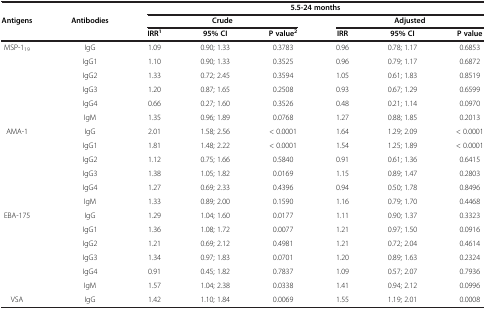
<table><thead><tr><td><b> </b></td><td><b> </b></td><td colspan="6"><b>5.5-24 months</b></td></tr><tr><td><b>Antigens</b></td><td><b>Antibodies</b></td><td colspan="3"><b>Crude</b></td><td colspan="3"><b>Adjusted</b></td></tr><tr><td><b> </b></td><td><b> </b></td><td><b>IRR<sup>1</sup></b></td><td><b>95% CI</b></td><td><b>P value<sup>2</sup></b></td><td><b>IRR</b></td><td><b>95% CI</b></td><td><b>P value</b></td></tr></thead><tbody><tr><td rowspan="6">MSP-1<sub>19</sub></td><td>IgG</td><td>1.09</td><td>0.90; 1.33</td><td>0.3783</td><td>0.96</td><td>0.78; 1.17</td><td>0.6853</td></tr><tr><td>IgG1</td><td>1.10</td><td>0.90; 1.33</td><td>0.3525</td><td>0.96</td><td>0.79; 1.17</td><td>0.6872</td></tr><tr><td>IgG2</td><td>1.33</td><td>0.72; 2.45</td><td>0.3594</td><td>1.05</td><td>0.61; 1.83</td><td>0.8519</td></tr><tr><td>IgG3</td><td>1.20</td><td>0.87; 1.65</td><td>0.2508</td><td>0.93</td><td>0.67; 1.29</td><td>0.6599</td></tr><tr><td>IgG4</td><td>0.66</td><td>0.27; 1.60</td><td>0.3526</td><td>0.48</td><td>0.21; 1.14</td><td>0.0970</td></tr><tr><td>IgM</td><td>1.35</td><td>0.96; 1.89</td><td>0.0768</td><td>1.27</td><td>0.88; 1.85</td><td>0.2013</td></tr><tr><td rowspan="6">AMA-1</td><td>IgG</td><td>2.01</td><td>1.58; 2.56</td><td>&lt; 0.0001</td><td>1.64</td><td>1.29; 2.09</td><td>&lt; 0.0001</td></tr><tr><td>IgG1</td><td>1.81</td><td>1.48; 2.22</td><td>&lt; 0.0001</td><td>1.54</td><td>1.25; 1.89</td><td>&lt; 0.0001</td></tr><tr><td>IgG2</td><td>1.12</td><td>0.75; 1.66</td><td>0.5840</td><td>0.91</td><td>0.61; 1.36</td><td>0.6415</td></tr><tr><td>IgG3</td><td>1.38</td><td>1.05; 1.82</td><td>0.0169</td><td>1.15</td><td>0.89; 1.47</td><td>0.2803</td></tr><tr><td>IgG4</td><td>1.27</td><td>0.69; 2.33</td><td>0.4396</td><td>0.94</td><td>0.50; 1.78</td><td>0.8496</td></tr><tr><td>IgM</td><td>1.33</td><td>0.89; 2.00</td><td>0.1590</td><td>1.16</td><td>0.79; 1.70</td><td>0.4468</td></tr><tr><td rowspan="6">EBA-175</td><td>IgG</td><td>1.29</td><td>1.04; 1.60</td><td>0.0177</td><td>1.11</td><td>0.90; 1.37</td><td>0.3323</td></tr><tr><td>IgG1</td><td>1.36</td><td>1.08; 1.72</td><td>0.0077</td><td>1.21</td><td>0.97; 1.50</td><td>0.0916</td></tr><tr><td>IgG2</td><td>1.21</td><td>0.69; 2.12</td><td>0.4981</td><td>1.21</td><td>0.72; 2.04</td><td>0.4614</td></tr><tr><td>IgG3</td><td>1.34</td><td>0.97; 1.83</td><td>0.0701</td><td>1.20</td><td>0.89; 1.63</td><td>0.2324</td></tr><tr><td>IgG4</td><td>0.91</td><td>0.45; 1.82</td><td>0.7837</td><td>1.09</td><td>0.57; 2.07</td><td>0.7936</td></tr><tr><td>IgM</td><td>1.57</td><td>1.04; 2.38</td><td>0.0338</td><td>1.41</td><td>0.94; 2.12</td><td>0.0996</td></tr><tr><td>VSA</td><td>IgG</td><td>1.42</td><td>1.10; 1.84</td><td>0.0069</td><td>1.55</td><td>1.19; 2.01</td><td>0.0008</td></tr></tbody></table>